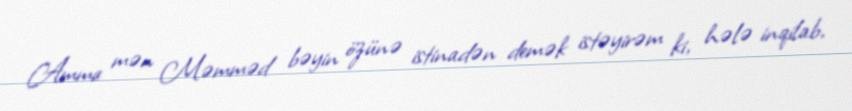
Amma mən Məmməd bəyin özünə istinadən demək istəyirəm ki, hələ inqilab,